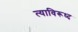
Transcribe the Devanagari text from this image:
त्याविरूध्द